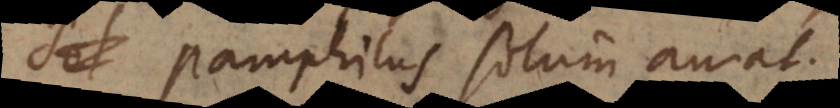
Pamphilus solum amat.